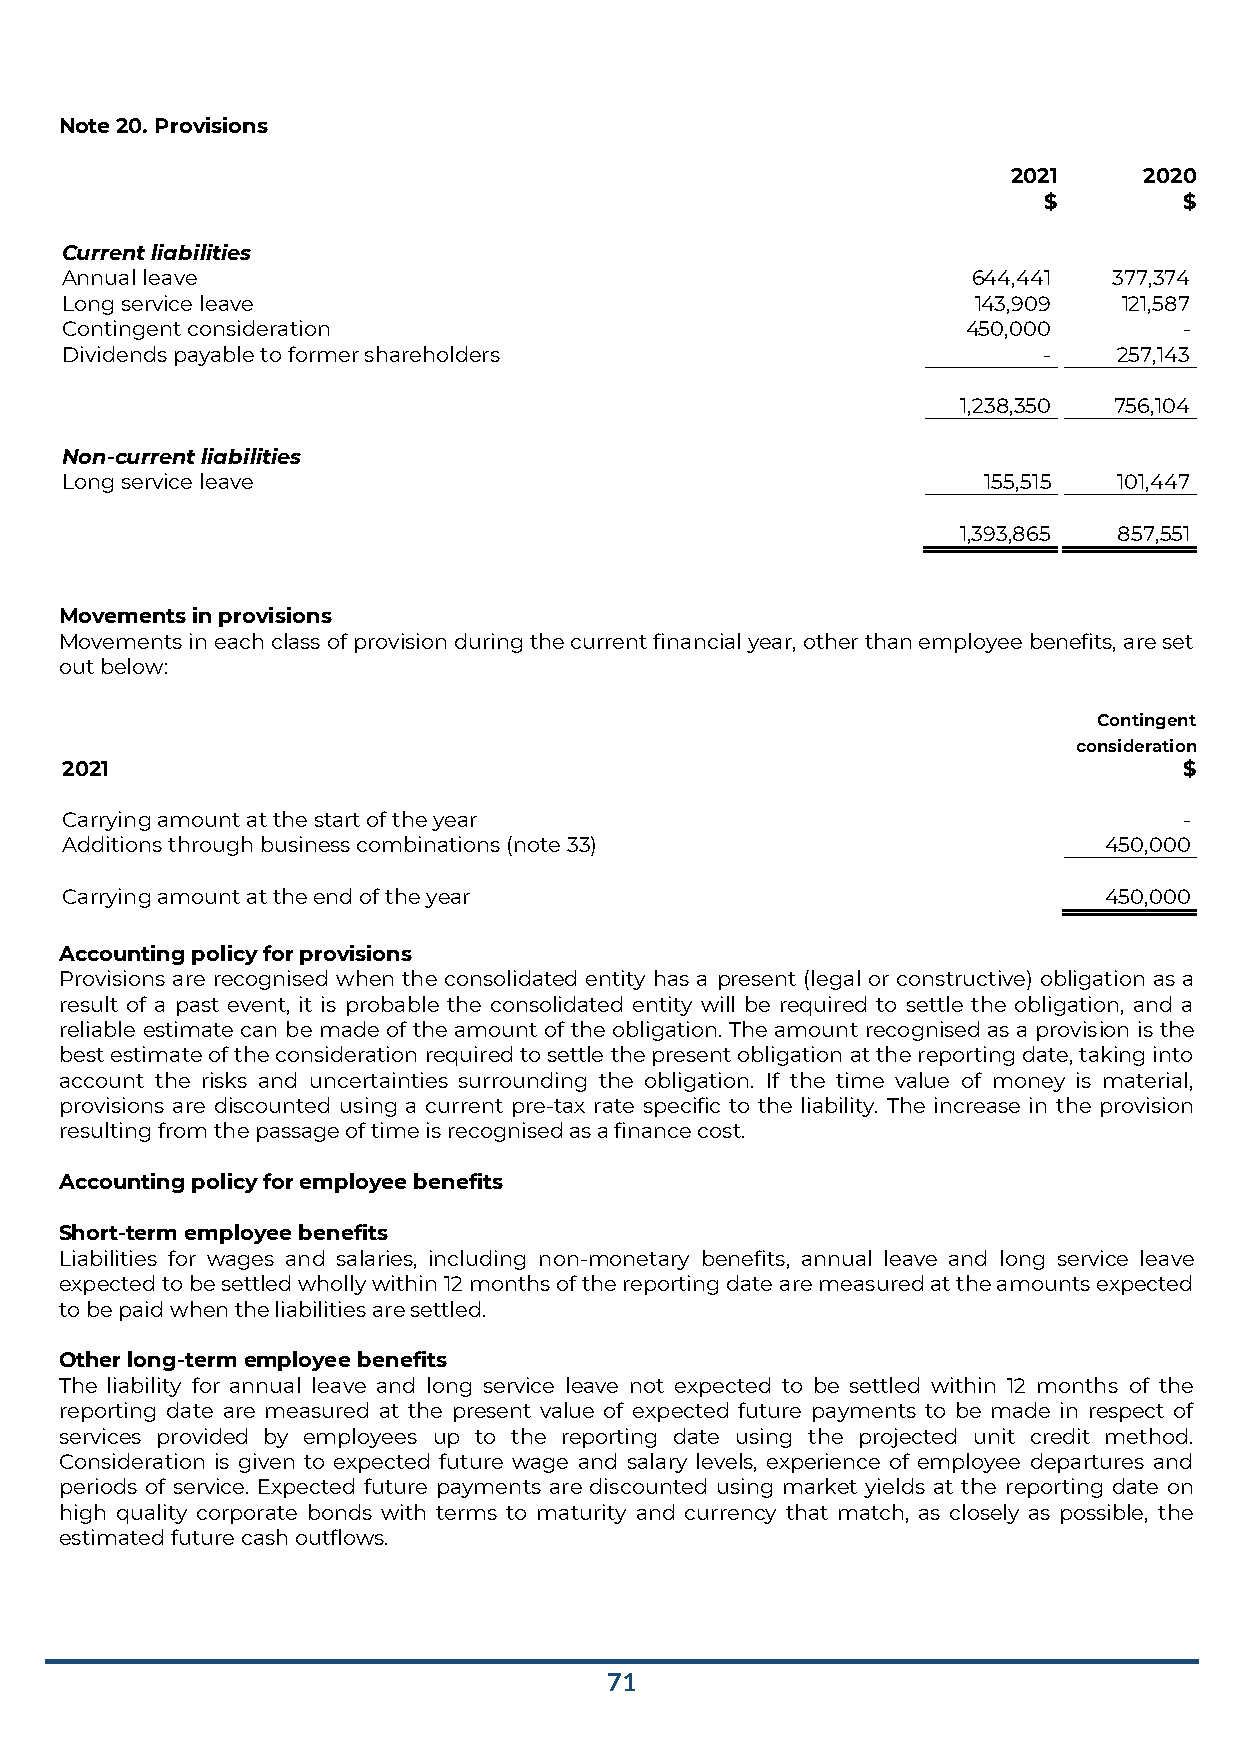
Note 20. Provisions
 2021     2020
 $        $
 Current liabilities
 Annual leave                                                644,441   377,374
 Long service leave                                          143,909   121,587
 Contingent consideration                                    450,000       -
 Dividends payable to former shareholders                         -    257,143
 1,238,350 756,104
 Non-current liabilities
 Long service leave                                           155,515  101,447
 1,393,865 857,551
 Movements in provisions
 Movements in each class of provision during the current financial year, other than employee benefits, are set
 out below:
 Contingent
 consideration
 2021                                                                      $
 Carrying amount at the start of the year                                  -
 Additions through business combinations (note 33)                    450,000
 Carrying amount at the end of the year                               450,000
 Accounting policy for provisions
 Provisions are recognised when the consolidated entity has a present (legal or constructive) obligation as a
 result of a past event, it is probable the consolidated entity will be required to settle the obligation, and a
 reliable estimate can be made of the amount of the obligation. The amount recognised as a provision is the
 best estimate of the consideration required to settle the present obligation at the reporting date, taking into
 account the risks and uncertainties surrounding the obligation. If the time value of money is material,
 provisions are discounted using a current pre-tax rate specific to the liability. The increase in the provision
 resulting from the passage of time is recognised as a finance cost.
 Accounting policy for employee benefits
 Short-term employee benefits
 Liabilities for wages and salaries, including non-monetary benefits, annual leave and long service leave
 expected to be settled wholly within 12 months of the reporting date are measured at the amounts expected
 to be paid when the liabilities are settled.
 Other long-term employee benefits
 The liability for annual leave and long service leave not expected to be settled within 12 months of the
 reporting date are measured at the present value of expected future payments to be made in respect of
 services provided by employees up to the reporting date using the projected unit credit method.
 Consideration is given to expected future wage and salary levels, experience of employee departures and
 periods of service. Expected future payments are discounted using market yields at the reporting date on
 high quality corporate bonds with terms to maturity and currency that match, as closely as possible, the
 estimated future cash outflows.
 71